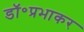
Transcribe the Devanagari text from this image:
डॉ॰प्रभाकर